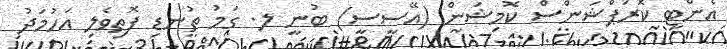
އެންޓި ކޮރަޕްޝަންސް ކޮމިޝަން (އޭސީސީ) ބުނީ ލ. ގަމު ތުނޑި ފޮތިވެލި އަހުމަދު